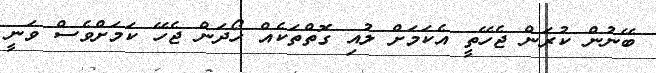
ބޭނުން ކުރަން ޖެހޭތީ އެކަމަށް ލުއި ގޮތްތަކެއް ހޯދަން ޖެހޭ ކަމަށްވެސް ވަނީ